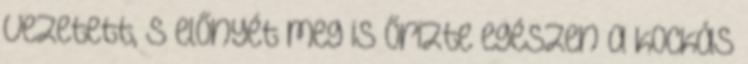
vezetett, s előnyét meg is őrizte egészen a kockás